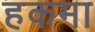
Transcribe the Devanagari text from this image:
हकमा